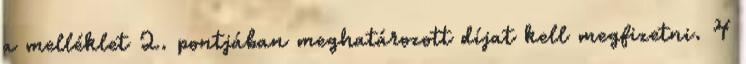
a melléklet 2. pontjában meghatározott díjat kell megfizetni. 4